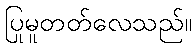
ပြုမူတတ်လေသည်။